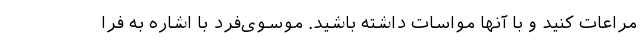
مراعات کنید و با آنها مواسات داشته باشید. موسوی‌فرد با اشاره به فرا